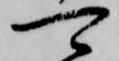
可